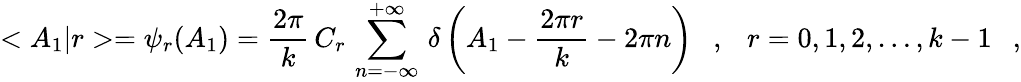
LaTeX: <A_{1}|r>=\psi_{r}(A_{1})=\frac{2\pi}{k}\, C_{r}\, \sum_{n=-\infty}^{+\infty}\, \delta\left(A_{1}-\frac{2\pi r}{k}-2\pi n\right)\ \ \ ,\ \ \ r=0,1,2,\dots,k-1\ \ \ ,